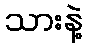
သားနဲ့